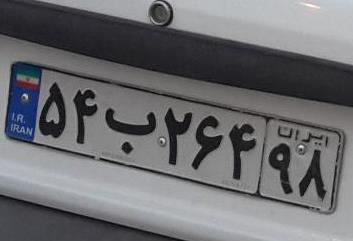
۵۴ب۲۶۴۹۸